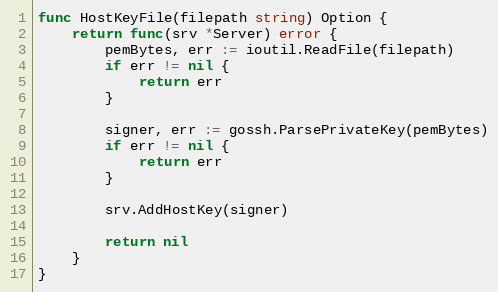
Language: Go
func HostKeyFile(filepath string) Option {
	return func(srv *Server) error {
		pemBytes, err := ioutil.ReadFile(filepath)
		if err != nil {
			return err
		}

		signer, err := gossh.ParsePrivateKey(pemBytes)
		if err != nil {
			return err
		}

		srv.AddHostKey(signer)

		return nil
	}
}